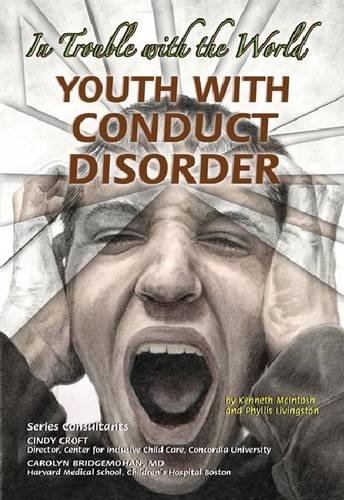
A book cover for Youth with Conduct Disorder: In Trouble with the World (Helping Youth with Mental, Physical, & Social Disabilities); Kenneth McIntosh; Teen & Young Adult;